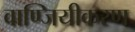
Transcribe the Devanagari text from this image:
वाण्जियीकरण